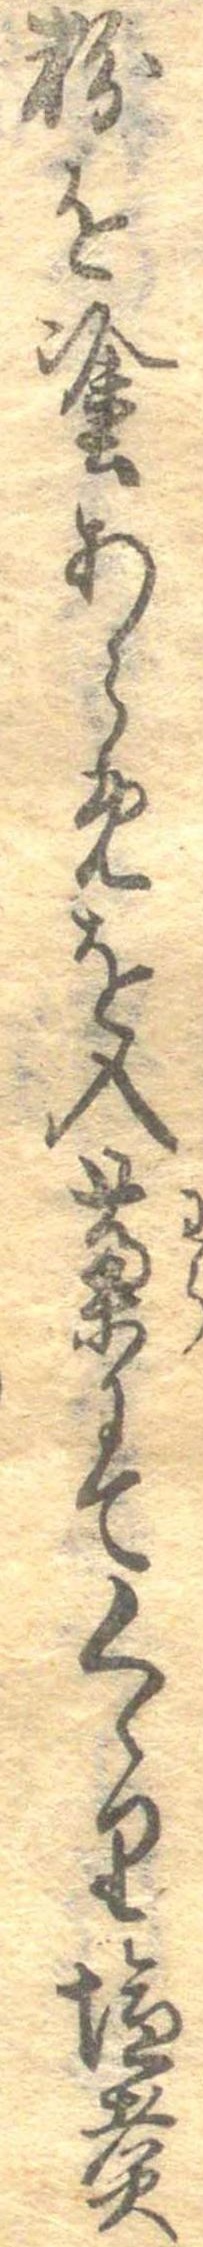
粉を塗あらめを入藁にてくゝり塩煮